Treatise on elephants
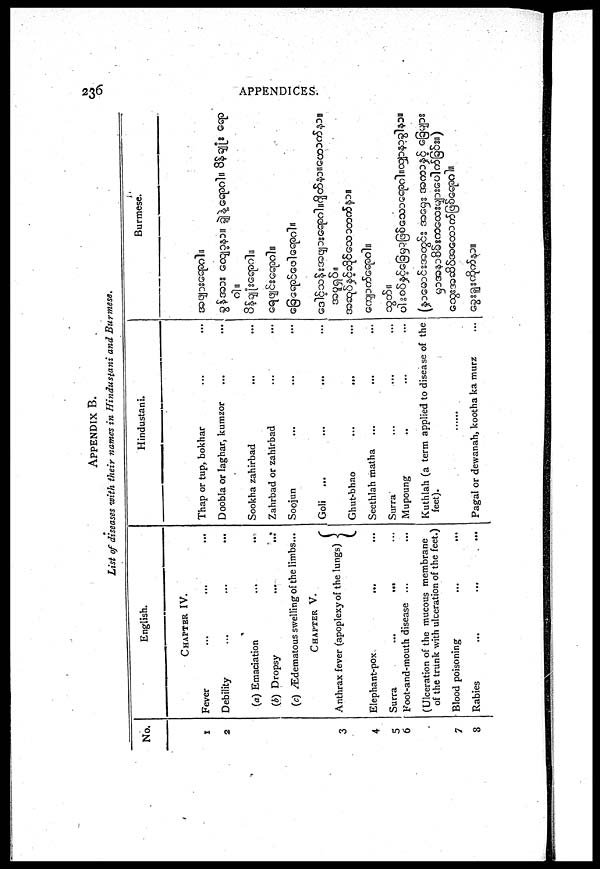
236
APPENDICES.
APPENDIX B.
List of diseases with their names in Hindustani
and
Burmese.
No.
1
2
3
4
5
6
7
8
English.
CHAPTER
IV.
Fever ... ... ...
Debility... ... ...
(a) Emaciation ... ...
(b) Dropsy ... ...
(c) Ædematous swelling of the limbs...
CHAPTER
V.
Anthrax fever (apoplexy of the lungs)
Elephant-pox
...
Surra
...
...
Foot-and-mouth disease ...
(Ulceration of the mucous membrane
of the trunk with ulceration of the feet.)
Blood poisoning ... ...
Rabies
...
...
...
Hindustani.
Thap or tup, bokhar ... ...
Doobla or laghar, kumzor ... ...
Sookha zahirbad
...
...
Zahrbad or zahirbad ... ...
Soojun ... ...
Goli ... ... ... ...
Ghut-bhao
...
... ...
Seethlah matha ... ... ...
Surra ... ... ...
Mupoung ... ... ...
Kuthlah (a term applied to disease of the
feet).
......
Pagal or dewanah, kootha ka murz ...
Burmese.